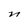
Character: n